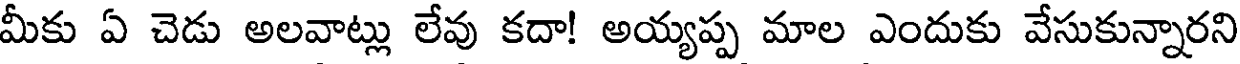
మీకు ఏ చెడు అలవాట్లు లేవు కదా! అయ్యప్ప మాల ఎందుకు వేసుకున్నారని